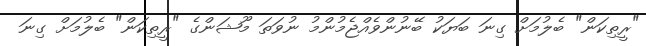
"ރީތިކަން" ބެލުމަށް ގިނަ ބަޔަކު ބޭނުންވެއްޖެމުންމު ނުވަތަ މޫޝަންގެ "ރީތިކަން" ބެލުމަށް ގިނަ